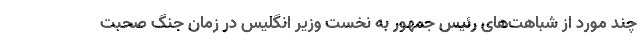
چند مورد از شباهت‌های رئیس جمهور به نخست وزیر انگلیس در زمان جنگ صحبت